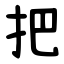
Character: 把